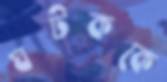
ঘটককে